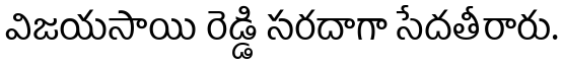
విజయసాయి రెడ్డి సరదాగా సేదతీరారు.